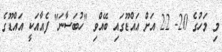
މި މަހުގެ 20- 22 އަށް އައްޑޫގައި ބޭއްވި "ހުބަސާނަ" ފެއާއަކީ އައްޑޫގެ